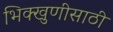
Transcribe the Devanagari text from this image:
भिक्खुणीसाठी